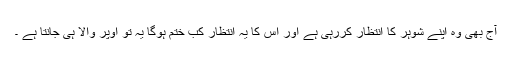
آج بھی وہ اپنے شوہر کا انتظار کررہی ہے اور اس کا یہ انتظار کب ختم ہوگا یہ تو اوپر والا ہی جانتا ہے ۔